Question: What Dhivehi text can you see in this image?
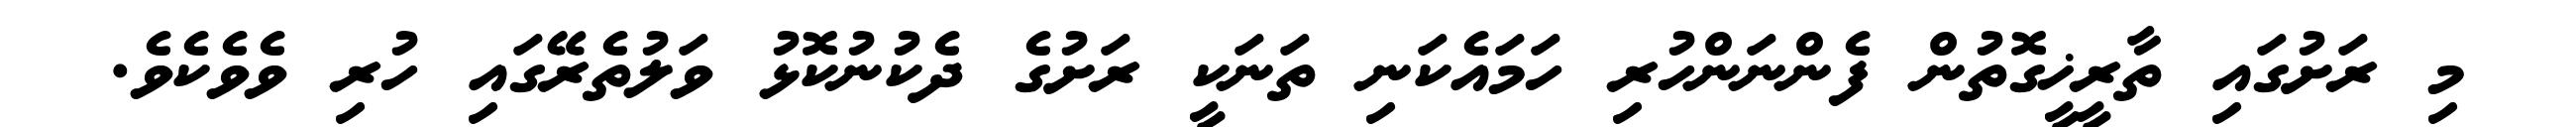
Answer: މި ރަށުގައި ތާރީޚީގޮތުން ފެންނަންހުރި ހަމައެކަނި ތަނަކީ ރަށުގެ ދެކުނުކޮޅު ވަލުތެރޭގައި ހުރި ވެވެކެވެ.